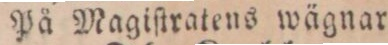
På Magiſtratens wägnar